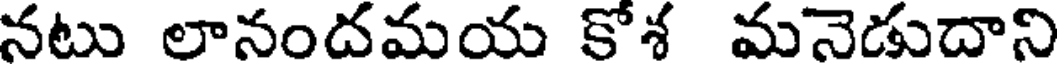
నటు లానందమయ కోశ మనెడుదాని